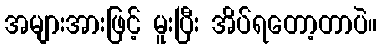
အများအားဖြင့် မူးပြီး အိပ်ရတော့တာပဲ။